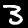
Label: 3